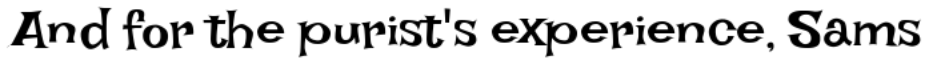
And for the purist's experience, Sams